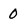
Character: 0